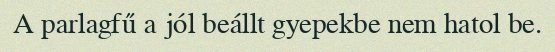
A parlagfű a jól beállt gyepekbe nem hatol be.